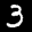
Label: 3